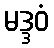
မဒ္ဒဝံ